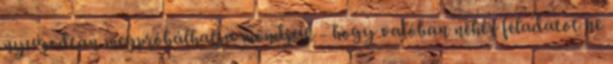
nyugodtan megpróbálhatja mondjuk - hogy valóban nehéz feladatot ne